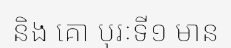
និង គោ បុរៈទី១ មាន